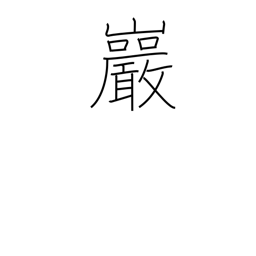
Meaning: crag